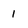
Character: 1